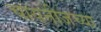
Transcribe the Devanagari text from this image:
चायनीजच्या